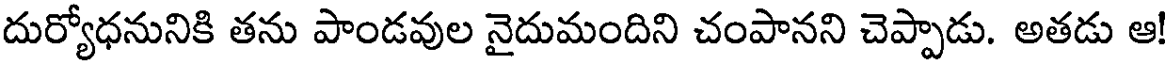
దుర్యోధనునికి తను పాండవుల నైదుమందిని చంపానని చెప్పాడు. అతడు ఆ